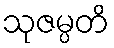
သုဇမ္ပတိ